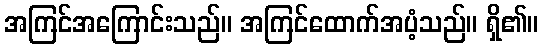
အကြင်အကြောင်းသည်။ အကြင်ထောက်အပံ့သည်။ ရှိ၏။